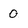
Character: 0